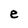
Character: e